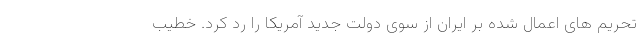
تحریم های اعمال شده بر ایران از سوی دولت جدید آمریکا را رد کرد. خطیب